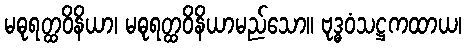
မဓုရတ္ထဝိနိယာ၊ မဓုရတ္ထဝိနိယာမည်သော။ ဗုဒ္ဓဝံသဋ္ဌကထာယ၊